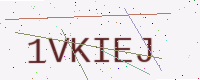
Text: 1VKIEJ